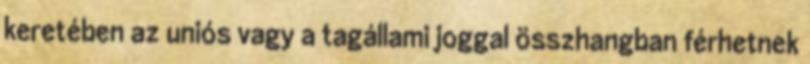
keretében az uniós vagy a tagállami joggal összhangban férhetnek